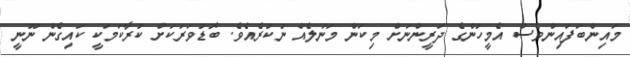
މައިންބަފައިންވެސް އެމީހުންގެ ދަރީންނަށް މިކަން މަނަލެއް ނުކުރެއެވެ. ބޮޑުވަރަކަށް ކުރާކަމަކީ ކައިގެން ނޫނީ